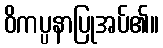
ဝိကပ္ပနာပြုအပ်၏။